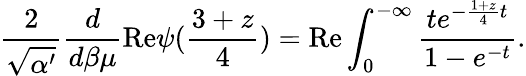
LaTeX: \frac{2}{\sqrt{\alpha^{\prime}}}\frac{d}{d\beta\mu}\mathrm{Re}\psi(\frac{3+z}{4})=\mathrm{Re}\int_{0}^{-\infty}\frac{te^{-\frac{1+z}{4}t}}{1-e^{-t}}.